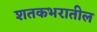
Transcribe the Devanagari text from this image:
शतकभरातील